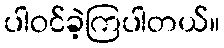
ပါဝင်ခဲ့ကြပါတယ်။